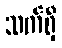
သက်ရှိ